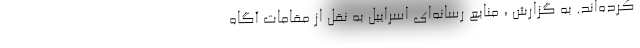
کرده‌اند. به گزارش ، منابع رسانه‌ای اسراییل به نقل از مقامات آگاه